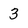
Character: 3